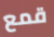
قمع